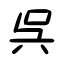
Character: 呉